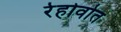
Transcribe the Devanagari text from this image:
रेहोवोत